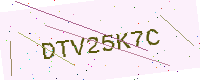
Text: DTV25K7C